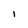
Character: 1